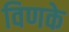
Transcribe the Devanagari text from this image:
विणके